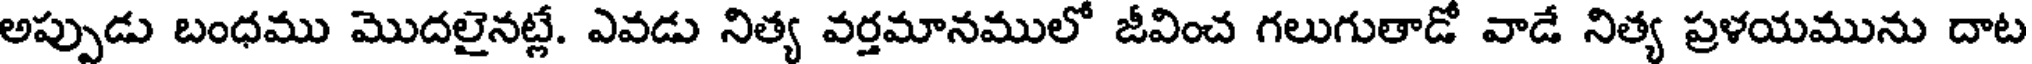
అప్పుడు బంధము మొదలైనట్లే. ఎవడు నిత్య వర్తమానములో జీవించ గలుగుతాడో వాడే నిత్య ప్రళయమును దాట